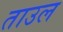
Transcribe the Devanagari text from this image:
ताउल